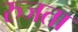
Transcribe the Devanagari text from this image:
रुजता